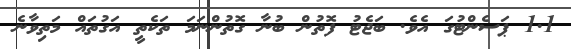
1.1 ޕަސެންޓުގަ އެވެ. ބަޖެޓު ފޮތުން ބުނާ ގޮތުންނަމަ ތަކެތީ އަގުތައް މަތިވާނެ